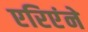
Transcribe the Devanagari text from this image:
एरिएंने